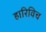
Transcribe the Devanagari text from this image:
हारिविच